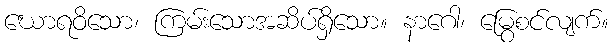
ဃောရဝိသော၊ ကြမ်းသောအဆိပ်ရှိသော။ နာဂေါ၊ မြွေစင်လျက်။